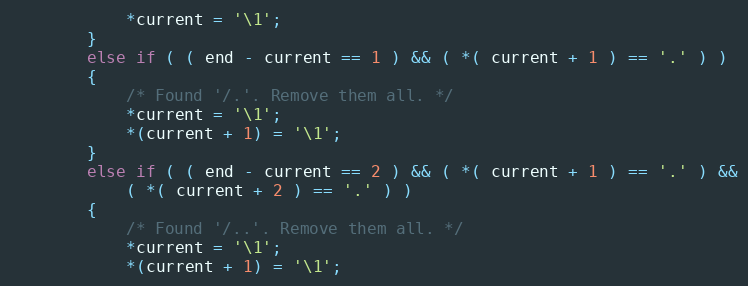
Language: C
            *current = '\1';
        }
        else if ( ( end - current == 1 ) && ( *( current + 1 ) == '.' ) )
        {
            /* Found '/.'. Remove them all. */
            *current = '\1';
            *(current + 1) = '\1';
        }
        else if ( ( end - current == 2 ) && ( *( current + 1 ) == '.' ) &&
            ( *( current + 2 ) == '.' ) )
        {
            /* Found '/..'. Remove them all. */
            *current = '\1';
            *(current + 1) = '\1';